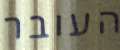
העובר